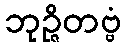
ဘုဉ္ဇိတဗ္ဗံ